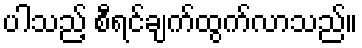
ပါသည့် စီရင်ချက်ထွက်လာသည်။